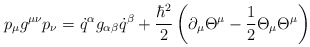
\begin{align*}p_{\mu} g^{\mu\nu} p_{\nu}= \dot{q}^{\alpha} g_{\alpha\beta}\dot{q}^{\beta}+ \frac{\hbar^{2}}{2}\left( \partial _{\mu}\Theta^{\mu}- \frac{1}{2} \Theta_{\mu} \Theta^{\mu} \right)\end{align*}